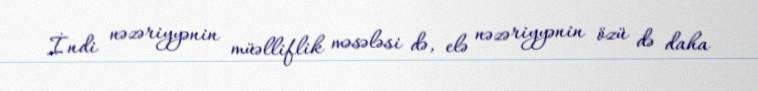
İndi nəzəriyyənin müəlliflik məsələsi də, elə nəzəriyyənin özü də daha